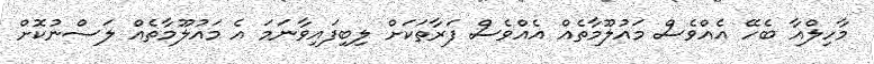
މާހިލްއާ ބެހޭ އެއްވެސް މައުލޫމާތެއް އެއްވެސް ފަރާތަކަށް ލިބިފައިވާނަމަ އެ މައުލޫމާތެއް ލަސްނުކޮށް